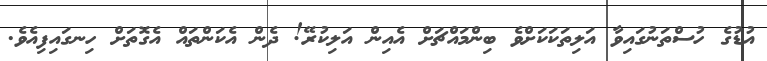
އުޑުގެ ހުސްތަނުގައިވާ އަލިތަކަކަށްވެ ބިންމައްޗަށް އެއިން އަލިކުރޭ! ދެން އެކަންތައް އެގޮތަށް ހިނގައިފިއެވެ.